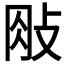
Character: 𢼱